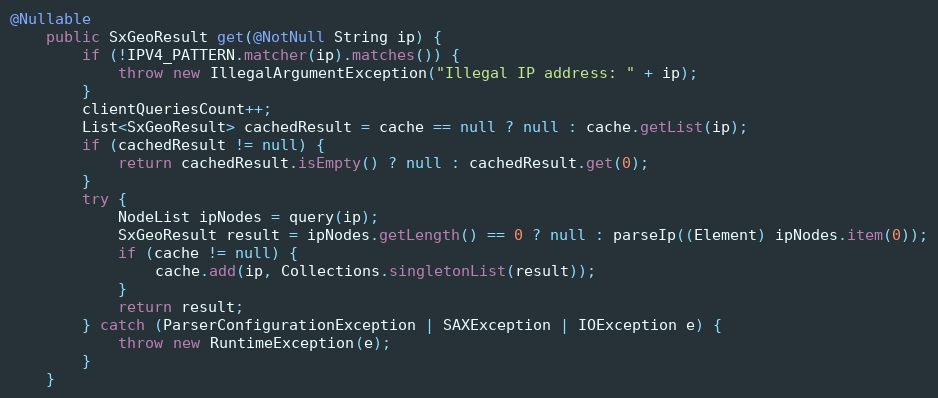
Language: Java
@Nullable
    public SxGeoResult get(@NotNull String ip) {
        if (!IPV4_PATTERN.matcher(ip).matches()) {
            throw new IllegalArgumentException("Illegal IP address: " + ip);
        }
        clientQueriesCount++;
        List<SxGeoResult> cachedResult = cache == null ? null : cache.getList(ip);
        if (cachedResult != null) {
            return cachedResult.isEmpty() ? null : cachedResult.get(0);
        }
        try {
            NodeList ipNodes = query(ip);
            SxGeoResult result = ipNodes.getLength() == 0 ? null : parseIp((Element) ipNodes.item(0));
            if (cache != null) {
                cache.add(ip, Collections.singletonList(result));
            }
            return result;
        } catch (ParserConfigurationException | SAXException | IOException e) {
            throw new RuntimeException(e);
        }
    }